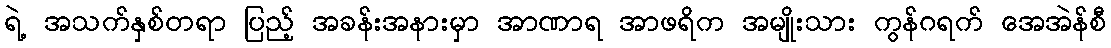
ရဲ့ အသက်နှစ်တရာ ပြည့် အခန်းအနားမှာ အာဏာရ အာဖရိက အမျိုးသား ကွန်ဂရက် အေအဲန်စီ